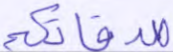
صدقاتكم